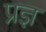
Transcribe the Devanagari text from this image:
प्रज्ञ